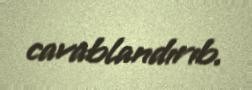
cavablandırıb.